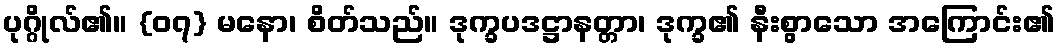
ပုဂ္ဂိုလ်၏။ {၀၇} မနော၊ စိတ်သည်။ ဒုက္ခပဒဋ္ဌာနတ္တာ၊ ဒုက္ခ၏ နီးစွာသော အကြောင်း၏